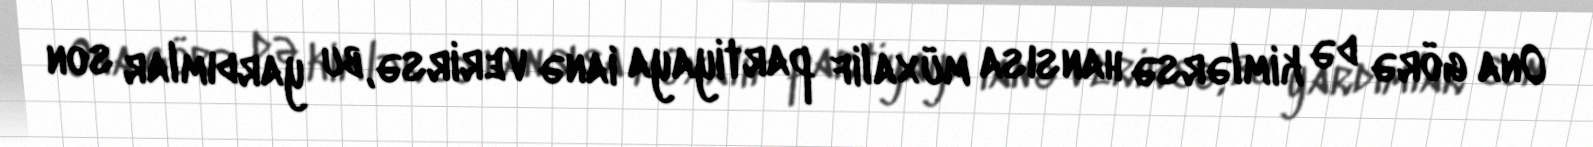
Ona görə də kimlərsə hansısa müxalif partiyaya ianə verirsə, bu yardımlar son